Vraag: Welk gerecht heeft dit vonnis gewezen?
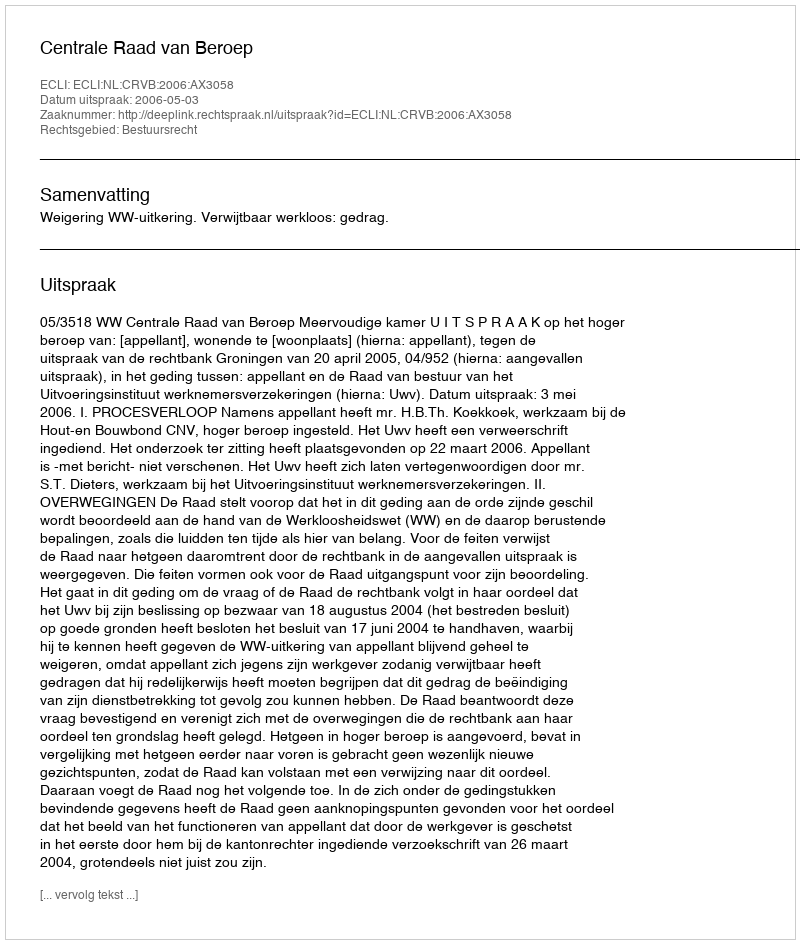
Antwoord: Centrale Raad van Beroep